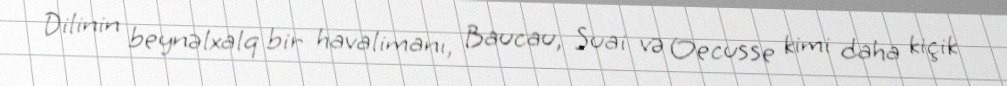
Dilinin beynəlxalq bir havalimanı, Baucau, Suai və Oecusse kimi daha kiçik